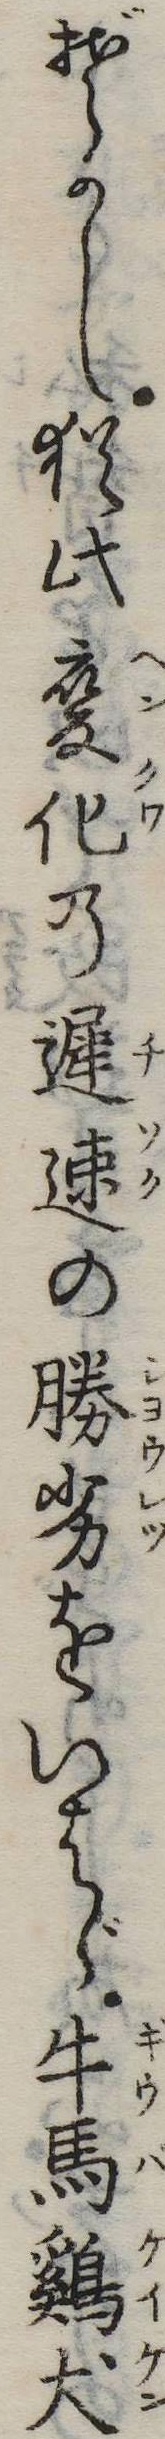
ぞかし猶此変化の遅速の勝劣をいはゞ牛馬鶏犬